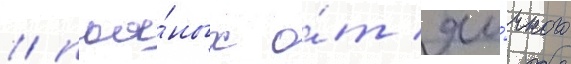
/ пья́ных о́т яи́чного